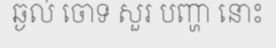
ឆ្ងល់ ចោទ សួរ បញ្ហា នោះ